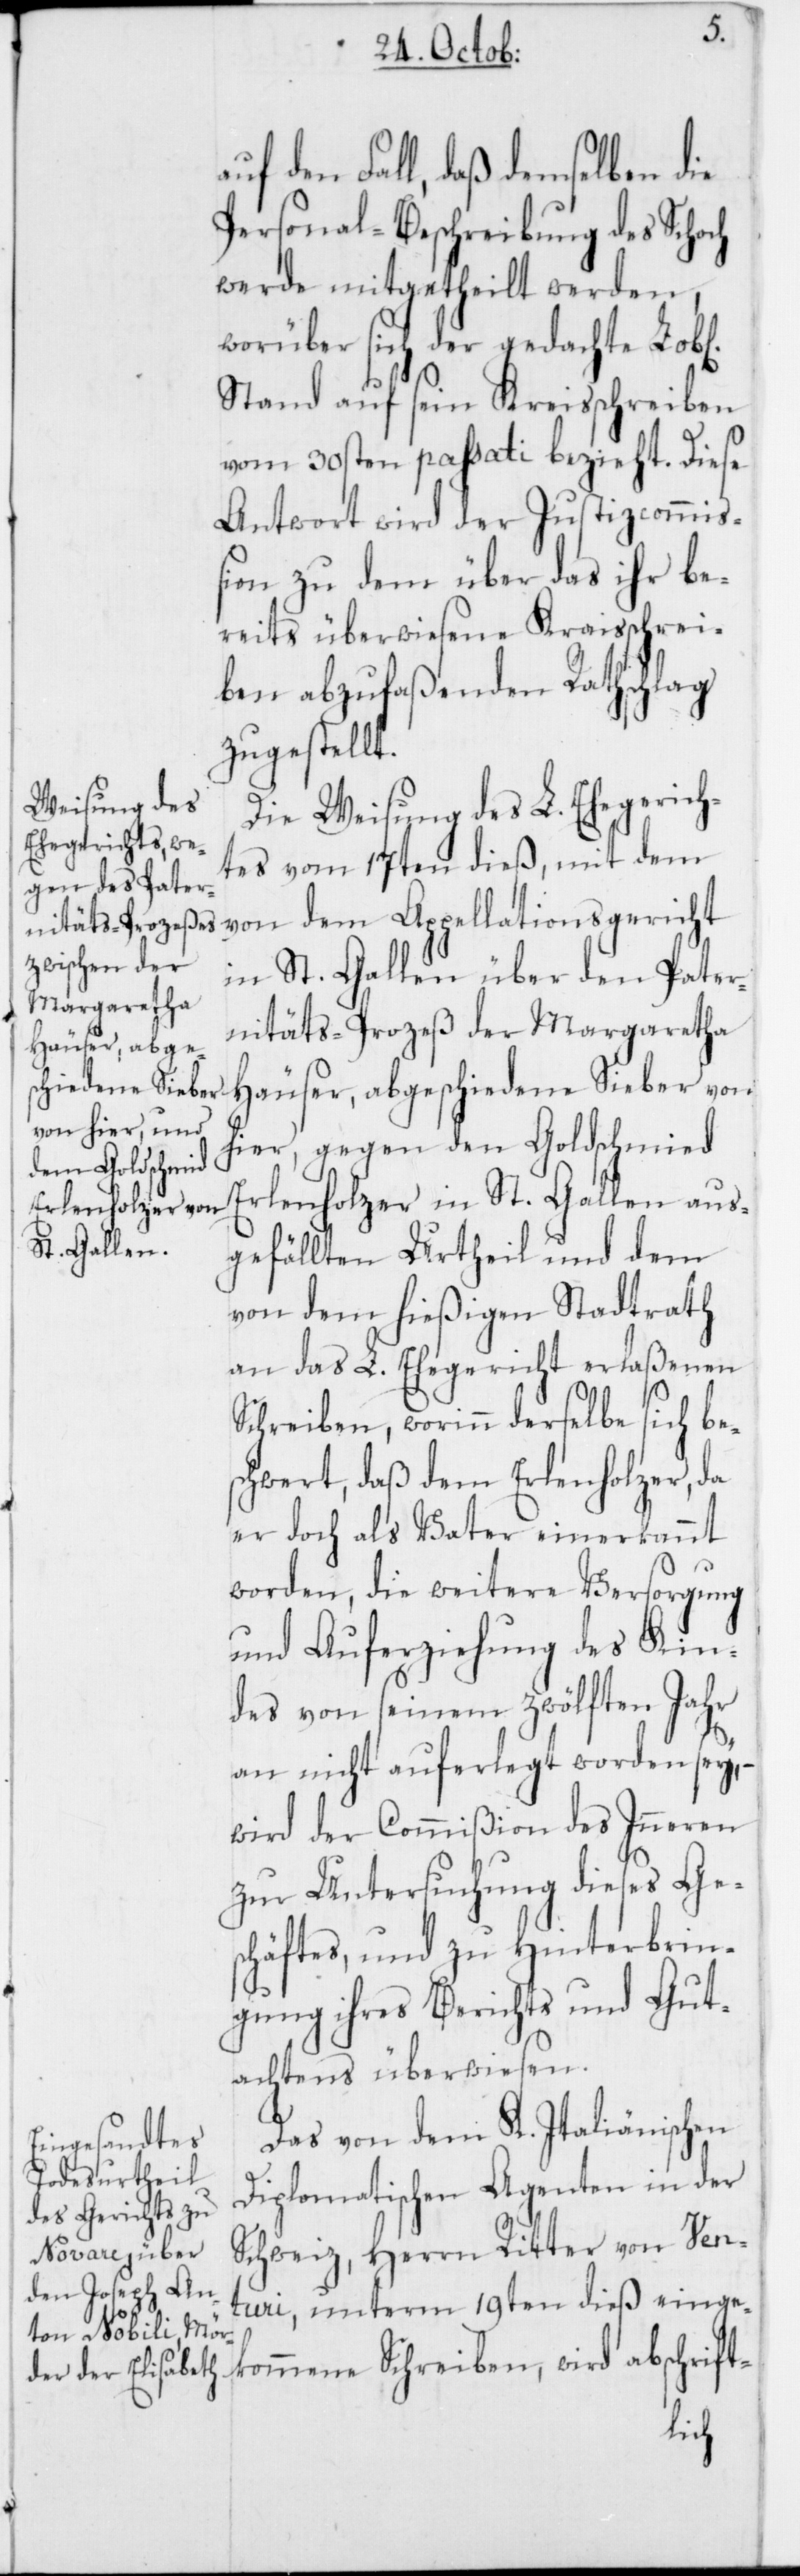
auf den Fall, daß demselben die
Personal-Beschreibung des Schoch
werde mitgetheilt werden,
worüber sich der gedachte
Stand auf sein Kreisschreiben
vom 30sten passati bezieht. Diese
Antwort wird der Justizcommiß¬
ion zu dem über das ihr be¬
reits überwiesene Kraisschreiben
abzufaßenden Rathschlag
zugestellt.
Die Weisung des L. Ehegerich¬
tes vom 17ten dieß, mit dem
in St. Gallen über den Pater¬
nitäts-Prozeß der Margaretha
Häuser, abgeschiedene Sieber von
hier, gegen den Goldschmied
kommenen Schrei¬
Erlenholzer in St. Gallen aus¬
gefällten Urtheil und dem
von dem hießigen Stadtrath
an das L. Ehegericht erlaßenen
Schreiben, worinn derselbe sich be¬
schwert, daß dem Erlenholzer, da
er doch als Vater einerkannt
worden, die weitere Versorgung
und Auferziehung des Kin¬
des von seinem zwölften Jahr
an nicht auferlegt worden sey, –
wird der Commißion des Inneren
zur Untersuchung dieses Ge¬
schäftes, und zu Hinterbrin¬
gung ihres Berichts und Gut¬
achtens überwiesen.
Das von dem K.-Italiänischen
Diplomatischen Agenten in der
Schweiz, Herrn Ritter von Ven¬
turi, unterm 19ten dieß einge¬
ben,